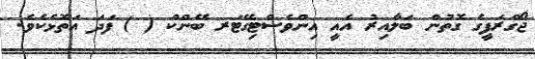
ޖޯގްރަފީގެ ގޮތުން ބަލާއިރު އެއީ އިންވެސްޓިގޭޓަރ ބޭންކް ( ) ފަދަ އަތޮޅެކެވެ.